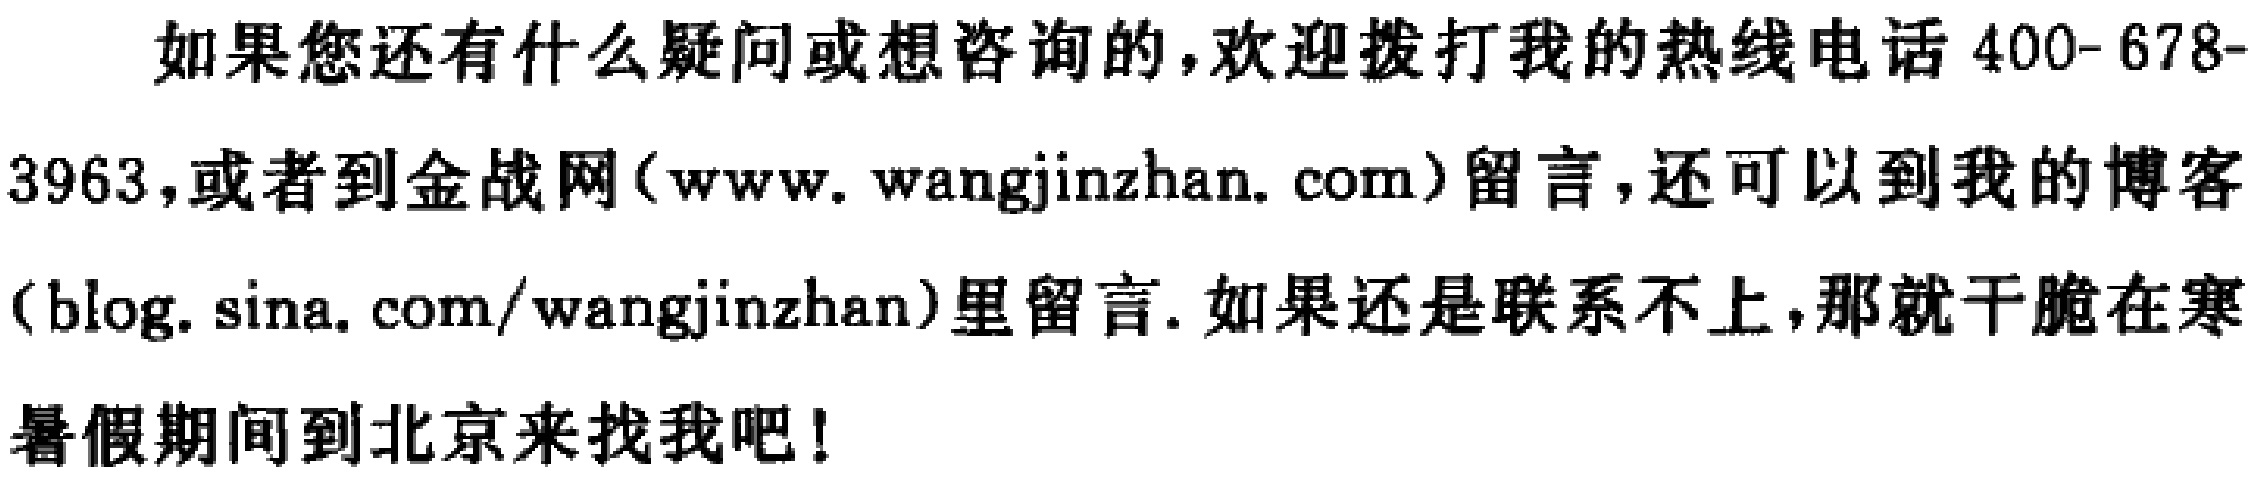
如果您还有什么疑问或想咨询的，欢迎拨打我的热线电话 400- 678-3963，或者到金战网（www. wangjinzhan. com）留言，还可以到我的博客（blog. sina. com/wangjinzhan）里留言. 如果还是联系不上，那就干脆在寒暑假期间到北京来找我吧！